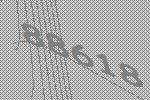
88618